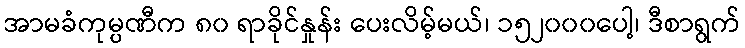
အာမခံကုမ္ပဏီက ၈၀ ရာခိုင်နှုန်း ပေးလိမ့်မယ်၊ ၁၅၂၀၀၀ပေါ့၊ ဒီစာရွက်